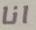
انا